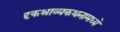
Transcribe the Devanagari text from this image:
दृकश्राव्यकथनामध्ये